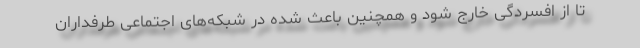
تا از افسردگی خارج شود و همچنین باعث شده در شبکه‌های اجتماعی طرفداران